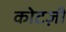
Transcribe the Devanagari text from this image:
कोटज़ी